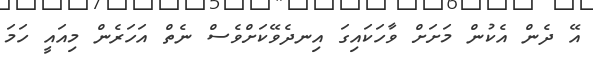
އޭ ދެން އެކުން މަށަށް ވާހަކައިގަ އިނދެވޭކަށްވެސް ނެތް އަހަރެން މިއައީ ހަމަ